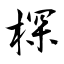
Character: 棎